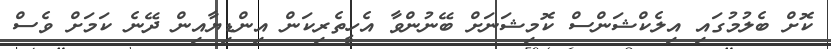
ކޮށް ބެލުމުގައި އިލެކްޝަންސް ކޮމިޝަނަށް ބޭނުންވާ އެހީތެރިކަން އިންޑިޔާއިން ދޭނެ ކަމަށް ވެސް